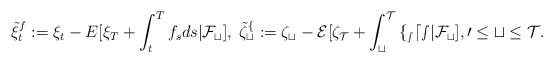
LaTeX: \begin{align*}\Tilde{\xi}_t^{f}:=\xi_t-E[\xi_T+\int_t^Tf_sds|\cal{F}_t], \;\Tilde{\zeta}_t^{f}:=\zeta_t-E[\zeta_T+\int_t^Tf_sds|\cal{F}_t], 0 \leq t \leq T.\end{align*}